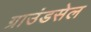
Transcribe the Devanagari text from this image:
ग्राउंडसेल